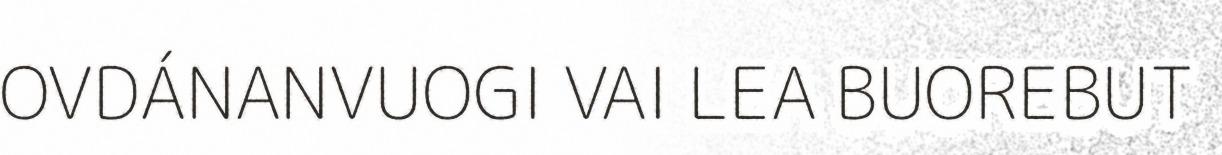
OVDÁNANVUOGI VAI LEA BUOREBUT